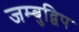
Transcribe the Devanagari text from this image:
जम्बुद्विप